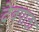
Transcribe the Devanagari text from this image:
देवपाठा